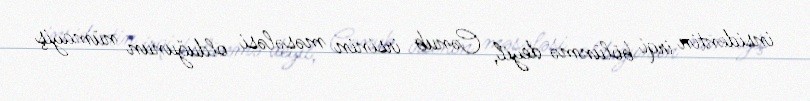
insidentin irqi bölünmə deyil, Cənub irsinin məsələsi olduğunun nümayiş